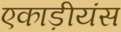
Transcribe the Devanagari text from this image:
एकाड़ीयंस